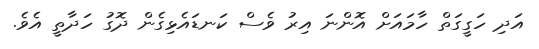
އަދި ހަގީގަތް ހާމައަށް އޮންނަ އިރު ވެސް ކަނޑައެޅިގެން ދޮގު ހަދާތީ އެވެ.